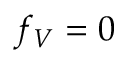
f _ { V } = 0